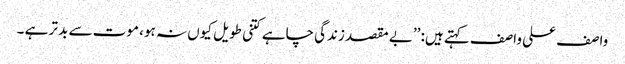
واصف علی واصف کہتے ہیں: ’’بے مقصد زندگی چاہے کتنی طویل کیوں نہ ہو، موت سے بد تر ہے ۔